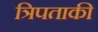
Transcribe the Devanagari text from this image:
त्रिपताकी